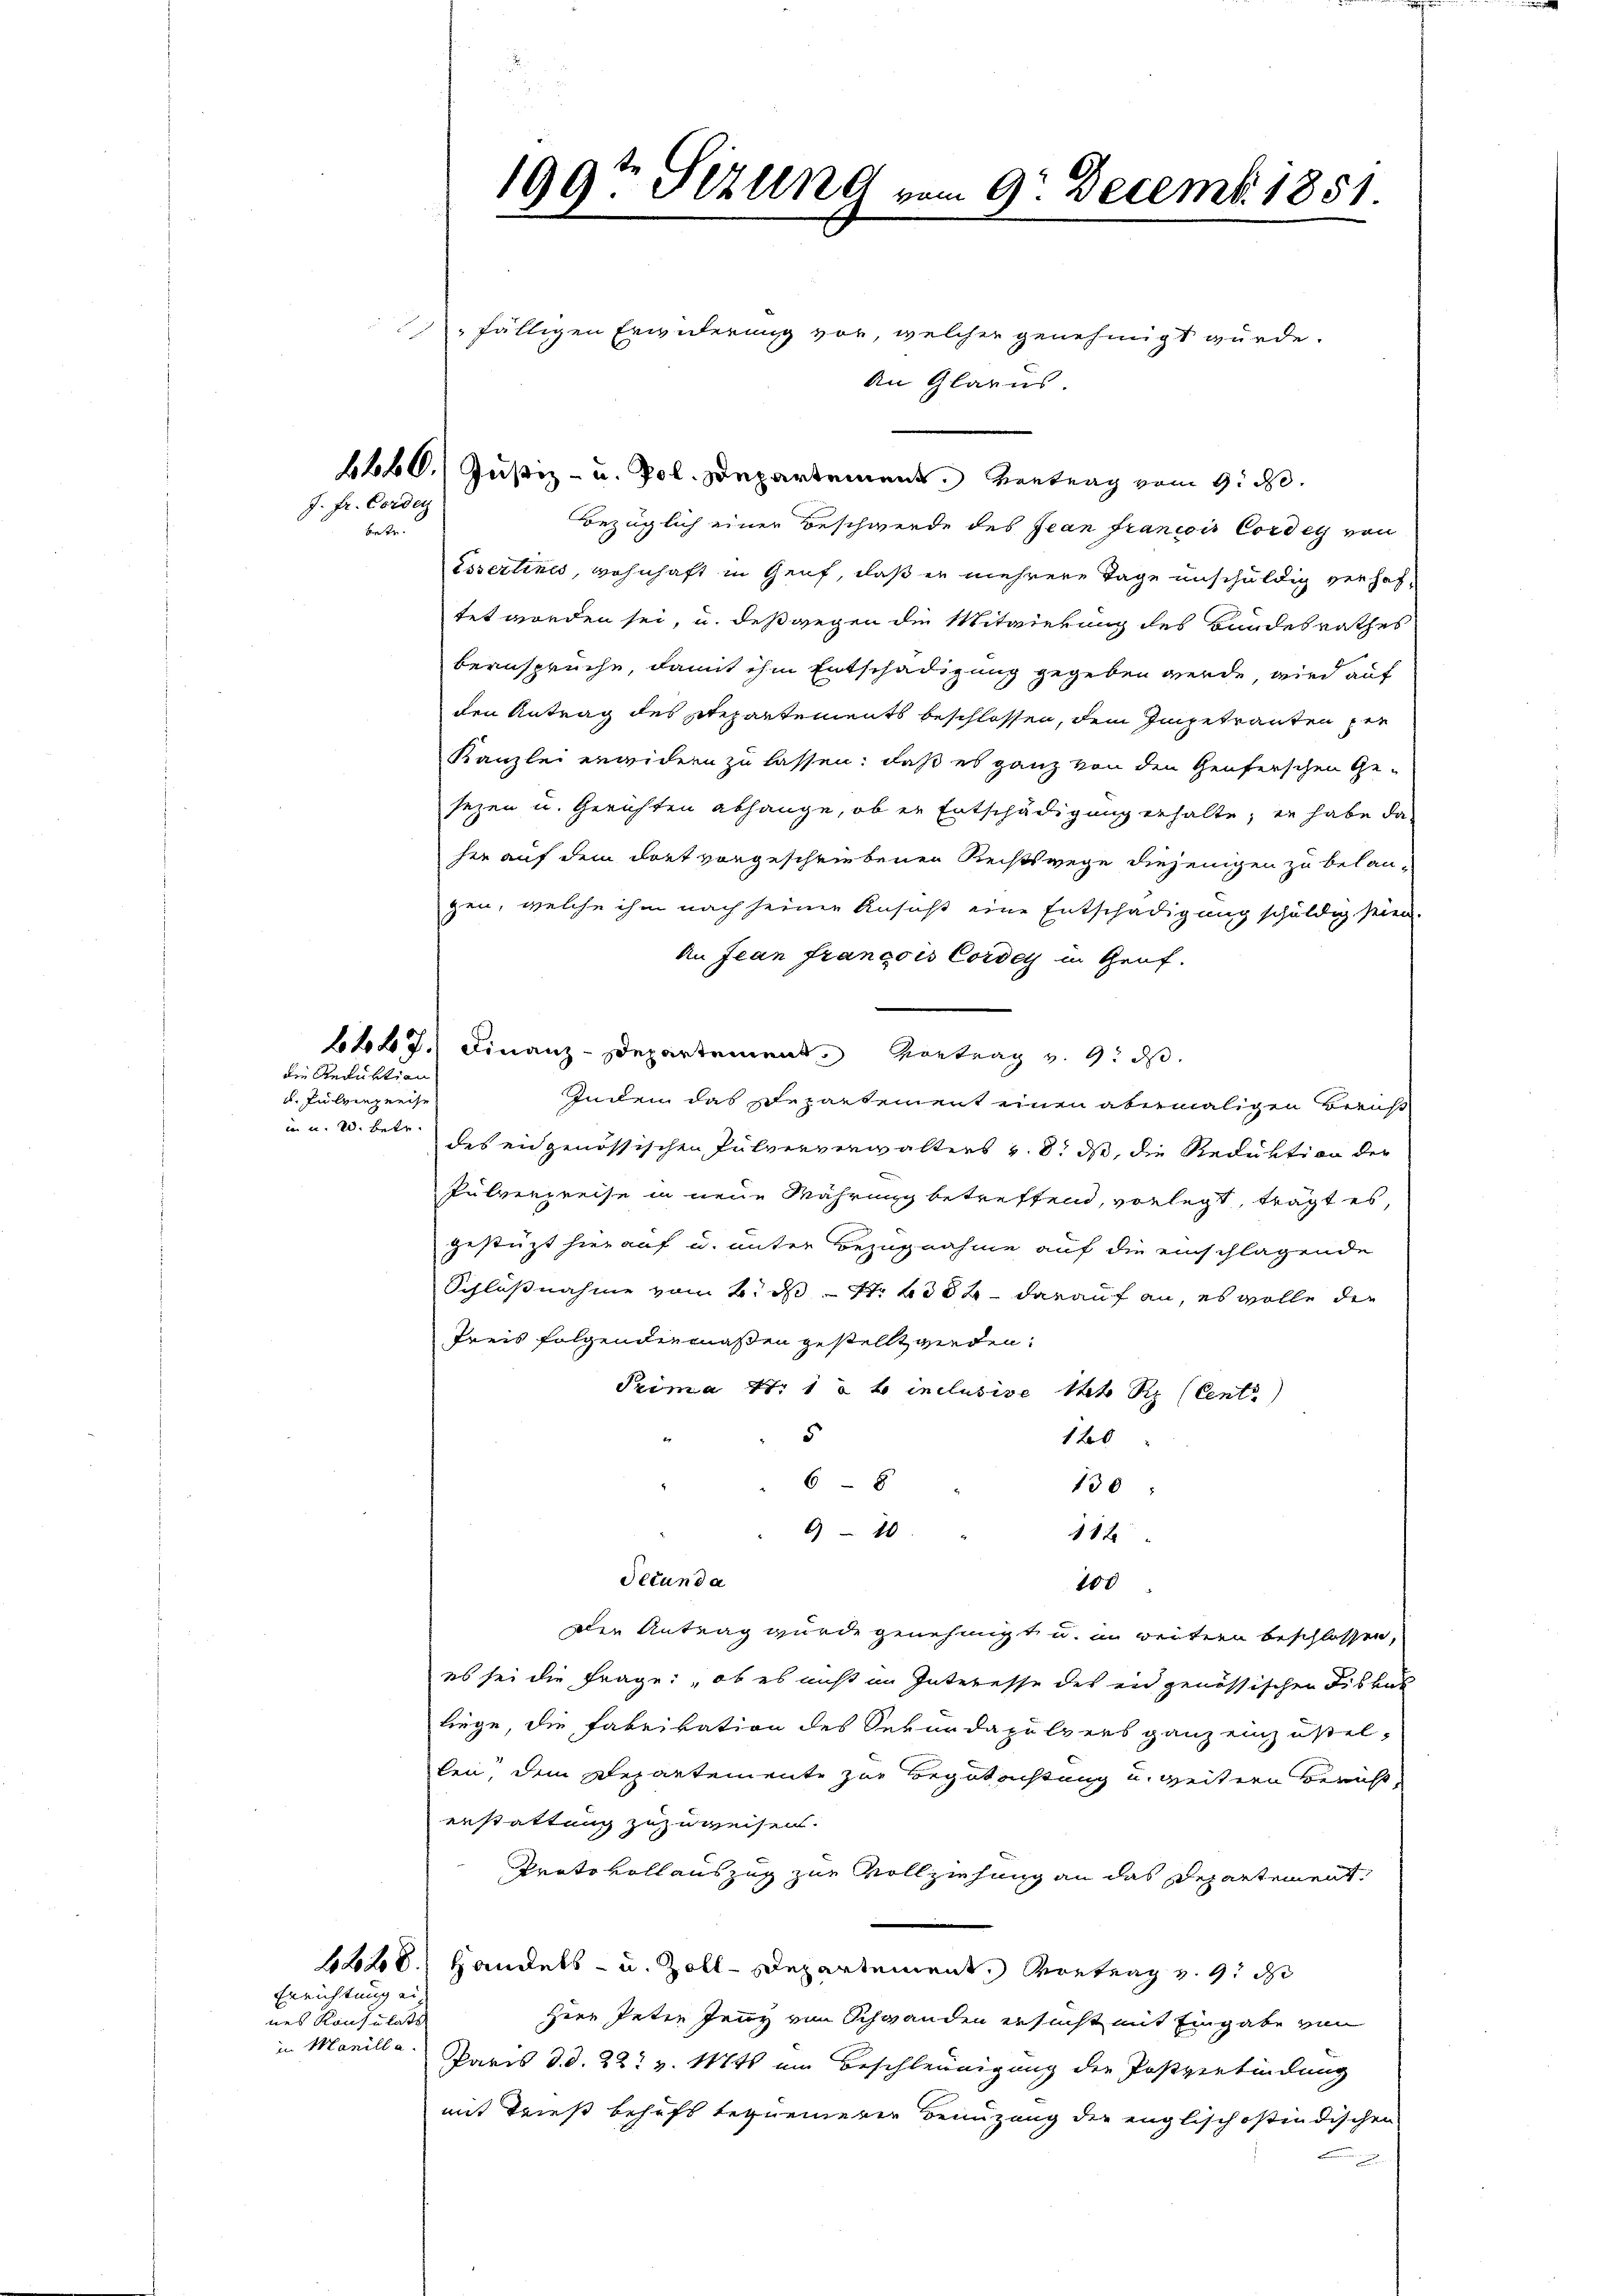
J. Fr. Corden

betr.

die Reduktion
u Pulverpreise
i. u. 20. Betr.

Errichtung ein
nes Konsulats
in Manill a.

199t Setzung vom 9. Decemb. 1851.

fälligen Erwiderung vor, welcher genehmigt wurde.
An Glarus
4260. Justiz- u. Pol. Departement. Vortrag vom 9. d.
Bezüglich einer Beschwerde des Jean francois Cordes von
issertines, wohnhaft in Genf, daß er mehrere Tage unschuldig verhaf-
tet worden sei, u. deßwegen die Mitwierung des Bundesrathes
beansprüche, damit ihm Entschädigung gegeben werde, wird auf
den Antrag des Departements beschlossen, dem Impetranten per
Kanzlei erwidern zu lassen, daß es ganz von den Genferschen Ge-
sezen u. Gerichten abhänge, ob er Entschädigung erhalte, er habe daher auf dem dort vorgeschriebenen Rechtswege diejenigen zu belangen, welche ihm nach seinen Ansucht eine Entschädigung schuldig seien.
An Jean françois Cordey in Genf.
447. Finanz-Departement. Vortrag v. 9. ds.
Indem das Departement einen abermaligen Beruft
des eidgenössischen Pulververwalters v. 8. ds, die Reduktion der
Pulverpreise in neue Währung betreffend, vorlegt, trägt es,
gestüzt hierauf u. unter Bezugnahme auf die einschlagende
Schlussnahme vom 2. ds S. 1354 darauf an, es wolle die
Preis folgendermaßen gestellt werden.
Prima Nr 1 a b inclusive Het Rp (Cent
5
1 26
68
130
9 - 10.
112
Secunda
100
Den Antrag wurde genehmigt u. im weitern beschlossen,
es sei die Frage: ob es nicht im Interesse des in genössischen Fiskus
liege, die Fabrikation des Sekurdapulvers ganz einzustel-
len, dem Departemente zur Begutachtung u. weitern Bericht,
erstattung zuzuweisen.
Prato voll auszug zur Vollziehung an das Departement,
228. Handels- u. Zoll-Departement. Vortrag v. 9. d
hier Peten ganz von Schwanden ersucht mit Eingabe von
Paris d. d. 22t v. Mts. ein Beschleunigung der Postverbindung
mit Trief behufs bequemerer Benuzung der englischostindischen